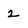
Character: 2